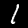
Label: 1